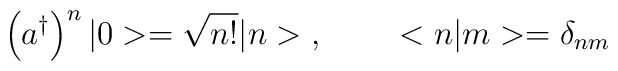
\left( a^\dagger \right)^n |0>=\sqrt{n!}|n>\; , \;\;\;\;\;\;\;\;<n|m>=\delta_{nm}